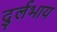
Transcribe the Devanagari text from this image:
दुर्लभाय